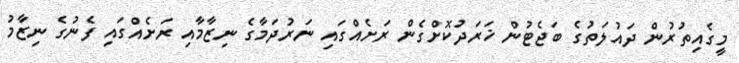
މީގެއިތުރުން ދައުލަތުގެ ބަޖެޓުން ޚަރަދުކޮށްގެން ރަށެއްގައި ނަރުދަމާގެ ނިޒާމާއި ރަށެއްގައި ފެނުގެ ނިޒާމު